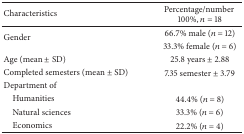
| Characteristics | Percentage/number 100%, n = 18 |
 | --- | --- |
 | <ROWSPAN=2> Gender | 66.7% male (n = 12) |
 | 33.3% female (n = 6) |
 | Age (mean ± SD) | 25.8 years ± 2.88 |
 | Completed semesters (mean ± SD) | 7.35 semester ± 3.79 |
 | Department of |  |
 | Humanities | 44.4% (n = 8) |
 | Natural sciences | 33.3% (n = 6) |
 | Economics | 22.2% (n = 4) |